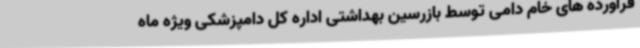
فرآورده های خام دامی توسط بازرسین بهداشتی اداره کل دامپزشکی ویژه ماه